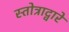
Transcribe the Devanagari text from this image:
स्तोत्राद्वारे